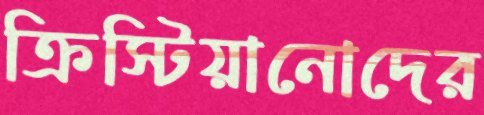
ক্রিস্টিয়ানোদের